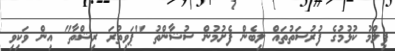
ފިލްމު ކުޅުމުގެ ފުރުސަތުތައް ލިބެން ފެށުމުން ސުޝާންތު "ޕަވިތުރަ ރިޝްތާ" އިން ވަކިވި